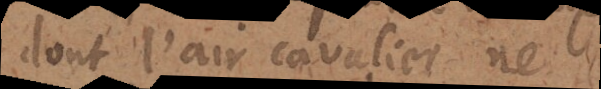
dont l’air cavalier ne